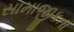
સામાજીકતા